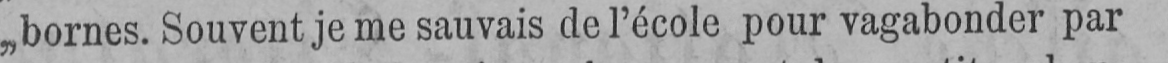
„bornes. Souvent je me sauvais de l’école pour vagabonder par